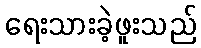
ရေးသားခဲ့ဖူးသည်